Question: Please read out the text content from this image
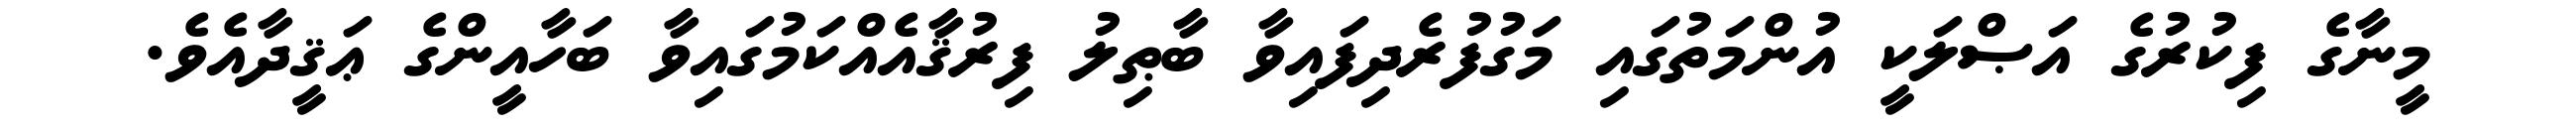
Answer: މީނާގެ ފިކުރުގެ އަޞްލަކީ އުންމަތުގައި މަގުފުރެދިފައިވާ ބާޠިލު ފިރުޤާއެއްކަމުގައިވާ ބަހާއީންގެ ޢަޤީދާއެވެ.